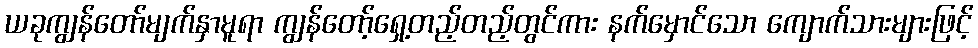
ယခုကျွန်တော်မျက်နှာမူရာ ကျွန်တော့်ရှေ့တည့်တည့်တွင်ကား နက်မှောင်သော ကျောက်သားများဖြင့်